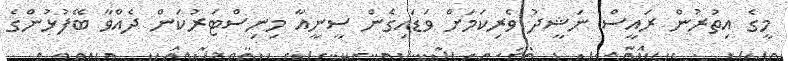
މީގެ އިތުރުން ރައީސް ނަޝީދު ވެރިކަމަށް ވަޑައިގެން ސީނީއާ މިނިސްޓަރުކަން ދެއްވާ ބޭފުޅުންގެ